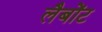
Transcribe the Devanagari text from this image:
लैबोंट